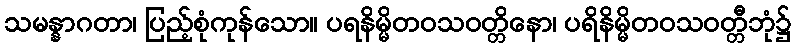
သမန္နာဂတာ၊ ပြည့်စုံကုန်သော။ ပရနိမ္မိတဝသဝတ္တိနော၊ ပရိနိမ္မိတဝသဝတ္တီဘုံ၌